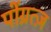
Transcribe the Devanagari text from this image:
पोंग्रत्ज़